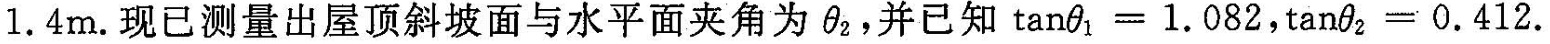
1.4m.现已测量出屋顶斜坡面与水平面夹角为θ_{2}，并已知$$\tan θ _ { 1 } = 1 . 0 8 2$$，